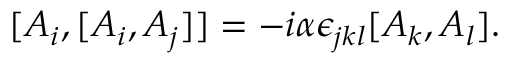
[ A _ { i } , [ A _ { i } , A _ { j } ] ] = - i \alpha \epsilon _ { j k l } [ A _ { k } , A _ { l } ] .